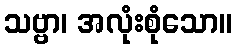
သဗ္ဗာ၊ အလုံးစုံသော။